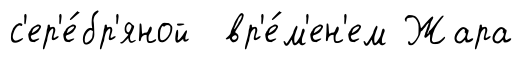
с'ер'е́бр'яной вр'е́м'ен'ем Жара